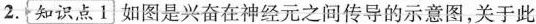
2. 知识点1 如图是兴奋在神经元之间传导的示意图，关于此